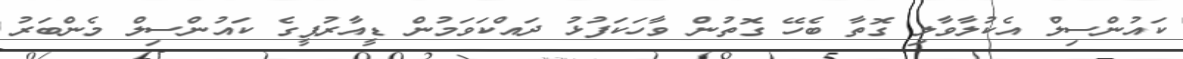
ކައުންސިލް އެކުލާވާލި ގޮތާ ބެހޭ ގޮތުން ވާހަކަފުޅު ދައްކަވަމުން ޑީއާރުޕީގެ ކައުންސިލް މެންބަރު